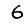
Digit: 6